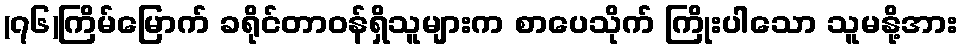
(၇၆)ကြိမ်မြောက် ခရိုင်တာဝန်ရှိသူများက စာပေသိုက် ကြိုးပါသော သူမနို့အား